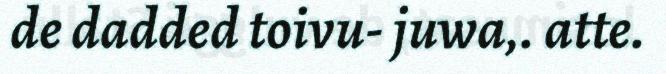
de dadded toivu- juwa,. atte.